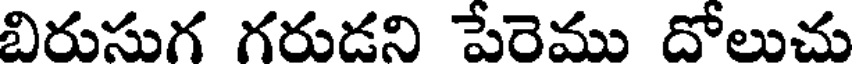
బిరుసుగ గరుడని పేరెము దోలుచు